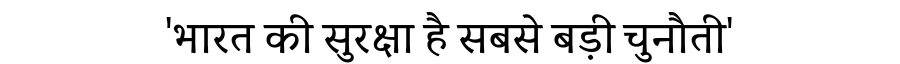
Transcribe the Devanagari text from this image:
'भारत की सुरक्षा है सबसे बड़ी चुनौती'